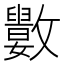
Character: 𣀭